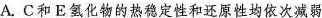
A.C和E氢化物的热稳定性和还原性均依次减弱